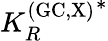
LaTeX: {K_{R}^{\mathrm{(GC,X)}}}^{*}